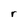
Character: r